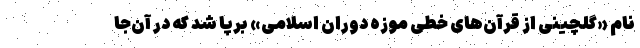
نام «گلچینی از قرآن‌های خطی موزه دوران اسلامی» برپا شد که در آن‌جا